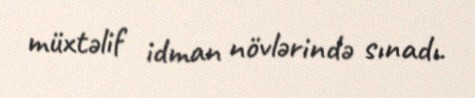
müxtəlif idman növlərində sınadı.